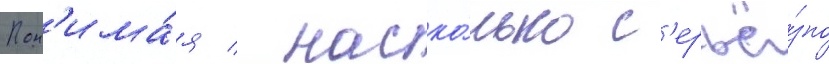
Пон'има́я / наско́лько с'ерьё́зно